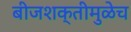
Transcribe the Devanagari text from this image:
बीजशक्तीमुळेच